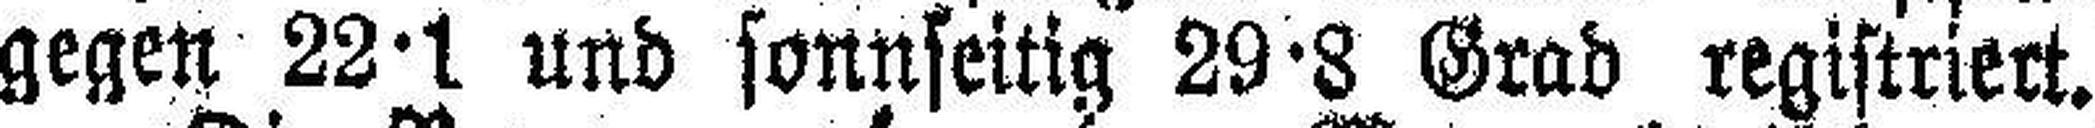
gegen 22·1 und sonnseitig 29·8 Grad registriert.